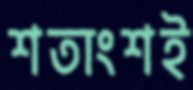
শতাংশই